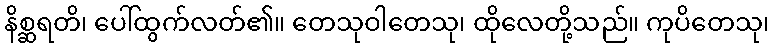
နိစ္ဆရတိ၊ ပေါ်ထွက်လတ်၏။ တေသုဝါတေသု၊ ထိုလေတို့သည်။ ကုပိတေသု၊